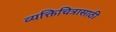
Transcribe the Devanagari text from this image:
व्यक्तिचित्रासाठी